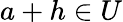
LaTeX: a+h\in U